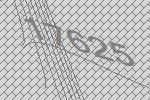
17625